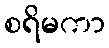
စရိမကာ